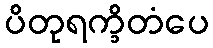
ပိတုရက္ခိတံပေ